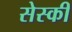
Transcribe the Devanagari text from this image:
सेस्की